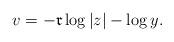
LaTeX: \begin{align*}v = -\mathfrak{r} \log |z| - \log y. \end{align*}